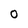
Character: 0